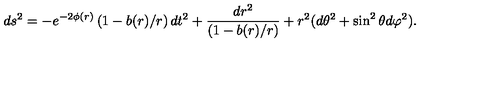
d s ^ { 2 } = - e ^ { - 2 \phi ( r ) } \left( 1 - b ( r ) / r \right) d t ^ { 2 } + { \frac { d r ^ { 2 } } { \left( 1 - b ( r ) / r \right) } } + r ^ { 2 } ( d \theta ^ { 2 } + \sin ^ { 2 } \theta d \varphi ^ { 2 } ) .